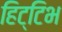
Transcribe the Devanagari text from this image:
हिट्टिभ